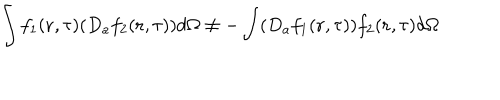
LaTeX: \int f _ { 1 } ( { \bf r } , \tau ) ( D _ { a } f _ { 2 } ( { \bf r } , \tau ) ) d \Omega \neq - \int ( D _ { a } f _ { 1 } ( { \bf r } , \tau ) ) f _ { 2 } ( { \bf r } , \tau ) d \Omega